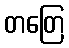
တတြေ